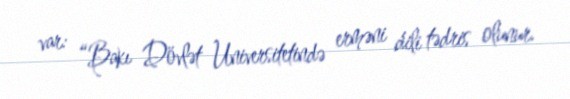
var: “Bakı Dövlət Universitetində erməni dili tədris olunur.